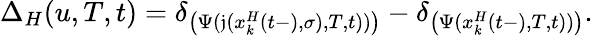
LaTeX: \Delta_{H}(u,T,t)=\delta_{\left(\Psi(\mathfrak{j}(x_{k}^{H}(t-),\sigma),T,t))\right)}-\delta_{\left(\Psi(x_{k}^{H}(t-),T,t))\right)}.